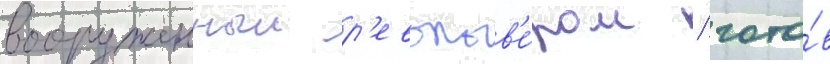
вооруженныи р'евольв'е́ром / гото́в